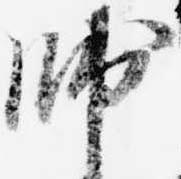
帥